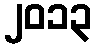
၂၀၁၃